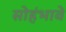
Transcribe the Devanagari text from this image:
सोहंभावे